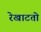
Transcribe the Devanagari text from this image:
रेखाटतो